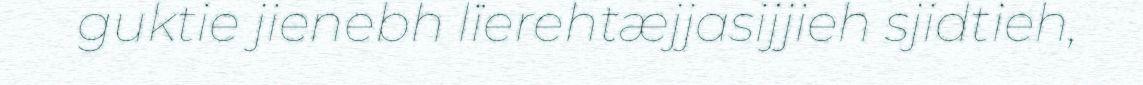
guktie jienebh lïerehtæjjasijjieh sjidtieh,